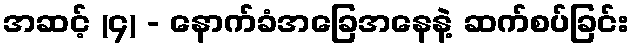
အဆင့် (၄) - နောက်ခံအခြေအနေနဲ့ ဆက်စပ်ခြင်း